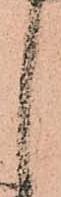
し